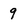
Character: 9